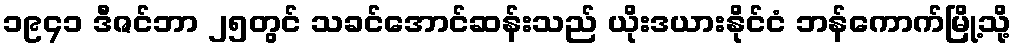
၁၉၄၁ ဒီဇင်ဘာ ၂၅တွင် သခင်အောင်ဆန်းသည် ယိုးဒယားနိုင်ငံ ဘန်ကောက်မြို့သို့